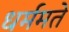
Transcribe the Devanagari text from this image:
धर्ममते